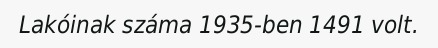
Lakóinak száma 1935-ben 1491 volt.